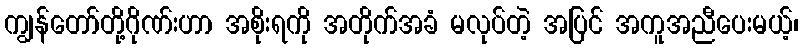
ကျွန်တော်တို့ဂိုဏ်းဟာ အစိုးရကို အတိုက်အခံ မလုပ်တဲ့ အပြင် အကူအညီပေးမယ့်၊